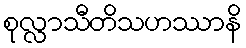
စုလ္လာသီတိသဟဿာနိ